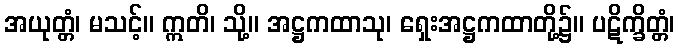
အယုတ္တံ၊ မသင့်။ ဣတိ၊ သို့။ အဋ္ဌကထာသု၊ ရှေးအဋ္ဌကထာတို့၌။ ပဋိက္ခိတ္တံ၊